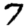
Digit: 7